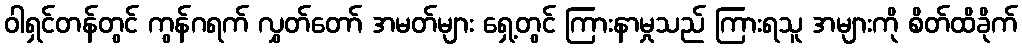
ဝါရှင်တန်တွင် ကွန်ဂရက် လွှတ်တော် အမတ်များ ရှေ့တွင် ကြားနာမှုသည် ကြားရသူ အများကို စိတ်ထိခိုက်